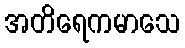
အတိရေကမာသေ